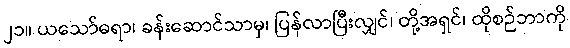
၂၁။ ယသော်ဓရာ၊ ခန်းဆောင်သာမှ၊ ပြန်လာပြီးလျှင်၊ တို့အရှင်၊ ထိုစဉ်ဘာကို